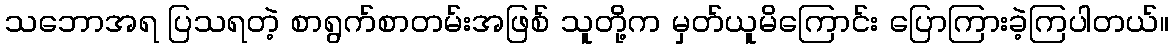
သဘောအရ ပြသရတဲ့ စာရွက်စာတမ်းအဖြစ် သူတို့က မှတ်ယူမိကြောင်း ပြောကြားခဲ့ကြပါတယ်။